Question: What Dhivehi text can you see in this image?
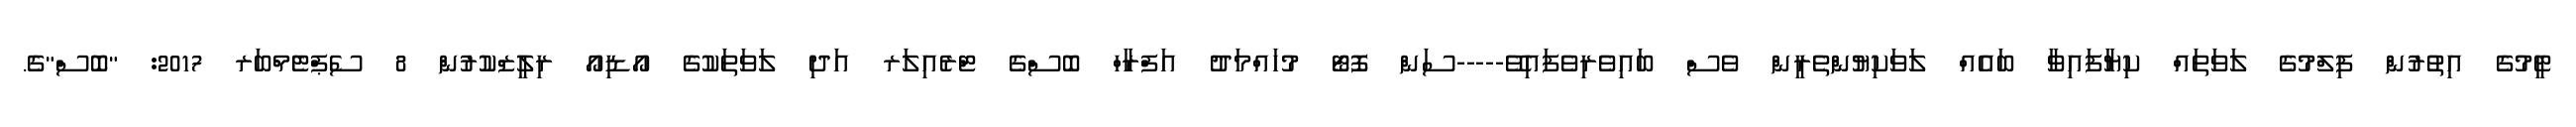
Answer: ޓީމުގެ އިތުރުން ފިލްމުގެ ލަވަތައް ކިޔާފައިވާ ބައެއް ލަވަކިޔުންތެރީން ވެސް ބައިވެރިވެފައިވޭ-----ސަން ފޮޓޯ މުހައްމަދު އަފްރާހް ބޮސްގެ ޓްރެއިލަރ އަދި ލަވަތަކުގެ އޯޑިއޯ ރިލީޒްކުރުން 8 ސެޕްޓެމްބަރ 2017: "ބޮސް"ގެ.